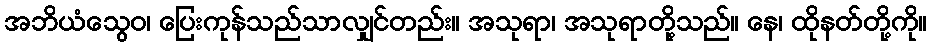
အဘိယံသွေဝ၊ ပြေးကုန်သည်သာလျှင်တည်း။ အသုရာ၊ အသုရာတို့သည်။ နေ၊ ထိုနတ်တို့ကို။